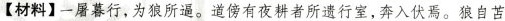
【材料】一屠暮行，为狼所逼。道傍有夜耕者所遗行室，奔入伏焉。狼自苫